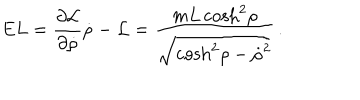
E L = { \frac { \partial { \cal L } } { \partial { \dot { \rho } } } } { \dot { \rho } } - { \cal L } = { \frac { m L \cosh ^ { 2 } \! \rho } { \sqrt { \cosh ^ { 2 } \! \rho - { \dot { \rho } } ^ { 2 } } } } \, .